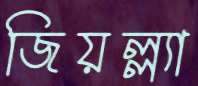
জিয়ল্ল্যা